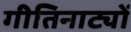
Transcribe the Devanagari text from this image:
गीतिनाट्यों